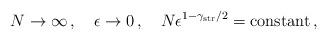
LaTeX: \begin{align*}N\rightarrow\infty\, ,\quad \epsilon\rightarrow 0\, ,\quad N\epsilon^{1-\gamma_{\rm str}/2} = {\rm constant}\, ,\end{align*}